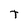
Character: T